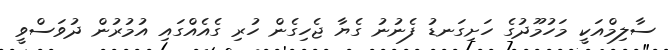
ސާލިމްއަކީ މަހުމޫދުގެ ހަށިގަނޑު ފެނުނު ގެޔާ ޖެހިގެން ހުރި ގެއެއްގައި އުމުރުން ދުވަސްވީ